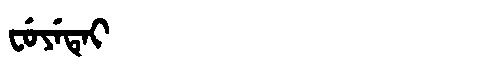
Manchu: ᠸᡠᠶᡝᡨᡝᡳ
Romanization: FUYETEI